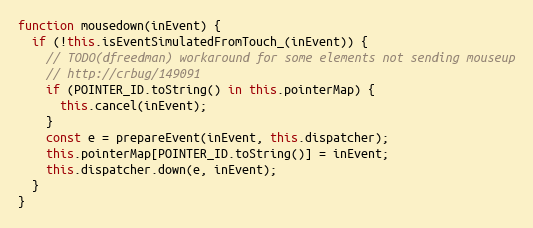
Language: JavaScript
function mousedown(inEvent) {
  if (!this.isEventSimulatedFromTouch_(inEvent)) {
    // TODO(dfreedman) workaround for some elements not sending mouseup
    // http://crbug/149091
    if (POINTER_ID.toString() in this.pointerMap) {
      this.cancel(inEvent);
    }
    const e = prepareEvent(inEvent, this.dispatcher);
    this.pointerMap[POINTER_ID.toString()] = inEvent;
    this.dispatcher.down(e, inEvent);
  }
}